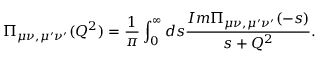
\Pi _ { \mu \nu , \mu ^ { \prime } \nu ^ { \prime } } ( Q ^ { 2 } ) = \displaystyle { \frac { 1 } { \pi } \int _ { 0 } ^ { \infty } d s \frac { I m \Pi _ { \mu \nu , \mu ^ { \prime } \nu ^ { \prime } } ( - s ) } { s + Q ^ { 2 } } } .